Rangoon Lunatic Asylum 1898-1906 - 1898-1906
Year: 1898
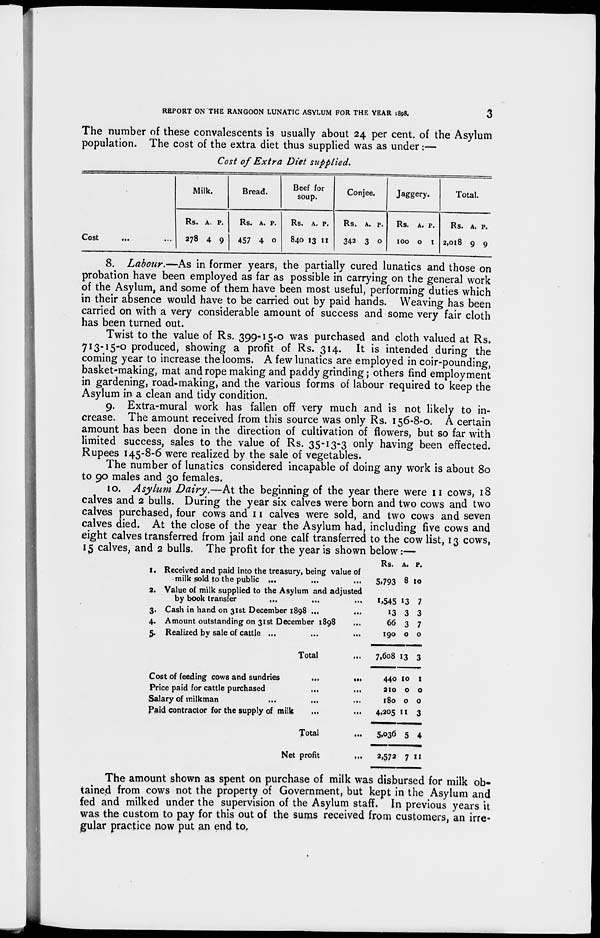
REPORT ON THE RANGOON LUNATIC ASYLUM FOR THE YEAR 1898.
3
The number of these convalescents is usually about 24 per cent. of the Asylum
population. The cost of the extra diet thus supplied was as under:—
Cost of Extra Diet supplied.
Cost
...
Milk.
Rs.
278
A.
4
P.
9
Bread.
Rs.
457
A.
4
P.
0
Beef for
soup.
Rs.
840
A.
13
P.
11
Conjee.
Rs.
342
A.
3
P.
0
Jaggery.
Rs.
100
A.
0
P.
1
Total.
Rs.
2,018
A.
9
P.
9
8. Labour.—As in former years, the partially cured lunatics and those on
probation have been employed as far as possible in carrying on the general work
of the Asylum, and some of them have been most useful, performing duties which
in their absence would have to be carried out by paid hands. Weaving has been
carried on with a very considerable amount of success and some very fair cloth
has been turned out.
Twist to the value of Rs. 399-15-0 was purchased and cloth valued at Rs.
713-15-0 produced, showing a profit of Rs. 314. It is intended during the
coming year to increase the looms. A few lunatics are employed in coir-pounding,
basket-making, mat and rope making and paddy grinding; others find employment
in gardening, road-making, and the various forms of labour required to keep the
Asylum in a clean and tidy condition.
9. Extra-mural work has fallen off very much and is not likely to in-
crease. The amount received from this source was only Rs. 156-8-0. A certain
amount has been done in the direction of cultivation of flowers, but so far with
limited success, sales to the value of Rs. 35-13-3 only having been effected.
Rupees 145-8-6 were realized by the sale of vegetables.
The number of lunatics considered incapable of doing any work is about 80
to 90 males and 30 females.
10. Asylum Dairy.—At the beginning of the year there were 11 cows, 18
calves and 2 bulls. During the year six calves were born and two cows and two
calves purchased, four cows and 11 calves were sold, and two cows and seven
calves died. At the close of the year the Asylum had, including five cows and
eight calves transferred from jail and one calf transferred to the cow list, 13 cows,
15 calves, and 2 bulls. The profit for the year is shown below:—
1. Received and paid into the treasury, being value of
milk sold to the public ... ... ...
2. Value of milk supplied to the Asylum and adjusted
by book transfer ... ... ...
3. Cash in hand on 31st December 1898 ...
4. Amount outstanding on 31st December 1898 ...
5. Realized by sale of cattle ... ... ...
Total ...
Cost of feeding cows and sundries
...
...
Price paid for cattle purchased ... ...
Salary of milkman
...
...
Paid contractor for the supply of milk ...
Total ...
Net profit ...
Rs.
5,793
1,545
13
66
190
7,608
440
210
180
4,205
5,036
2,572
A.
8
13
3
3
0
13
10
0
0
11
5
7
P.
10
7
3
7
0
3
1
0
0
3
4
11
The amount shown as spent on purchase of milk was disbursed for milk ob-
tained from cows not the property of Government, but kept in the Asylum and
fed and milked under the supervision of the Asylum staff. In previous years it
was the custom to pay for this out of the sums received from customers, an irre-
gular practice now put an end to.